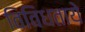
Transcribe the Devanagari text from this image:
विविधताये